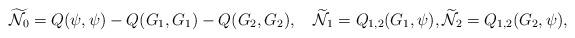
LaTeX: \begin{align*}\widetilde{\mathcal{N}_{0}}= Q(\psi, \psi)- Q(G_1,G_1)-Q(G_2,G_2), \quad\widetilde{\mathcal{N}}_{1}= Q_{1,2}(G_1,\psi), \widetilde{\mathcal{N}}_{2}= Q_{1,2}(G_2,\psi),\end{align*}